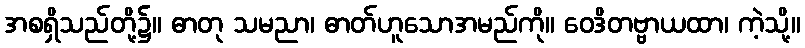
အစရှိသည်တို့၌။ ဓာတု သမညာ၊ ဓာတ်ဟူသောအမည်ကို။ ဝေဒိတဗ္ဗာယထာ၊ ကဲ့သို့။